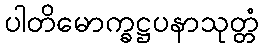
ပါတိမောက္ခဋ္ဌပနာသုတ္တံ